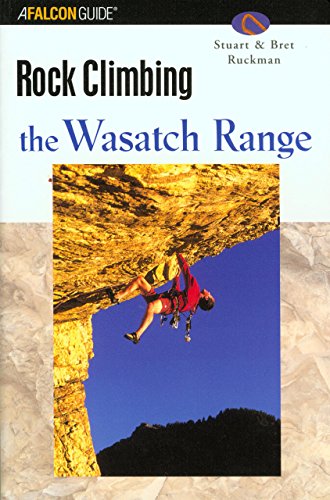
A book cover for Rock Climbing the Wasatch Range (Regional Rock Climbing Series); Stuart Ruckman; Sports & Outdoors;